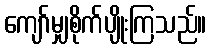
ကျော်မျှစိုက်ပျိုးကြသည်။